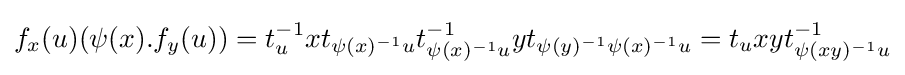
f_{x}(u)(\psi (x).f_{y}(u))=t_{u}^{-1}xt_{\psi (x)^{-1}u}t_{\psi (x)^{-1}u}^{-1}yt_{\psi (y)^{-1}\psi (x)^{-1}u}=t_{u}xyt_{\psi (xy)^{-1}u}^{-1}